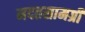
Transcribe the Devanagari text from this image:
मदतसामग्री